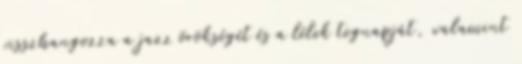
visszhangozza a jazz örökségét és a lélek tegnapját, valamint